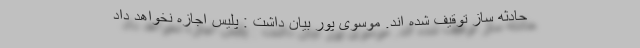
حادثه ساز توقیف شده اند. موسوی پور بیان داشت : پلیس اجازه نخواهد داد